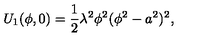
U _ { 1 } ( \phi , 0 ) = \frac { 1 } { 2 } \lambda ^ { 2 } \phi ^ { 2 } ( \phi ^ { 2 } - a ^ { 2 } ) ^ { 2 } ,